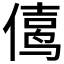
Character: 𱏅